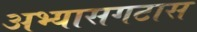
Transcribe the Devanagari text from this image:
अभ्यासगटास